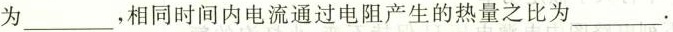
为___，相同时间内电流通过电阻产生的热量之比为___.